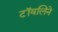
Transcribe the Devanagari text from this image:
टॉयलिने